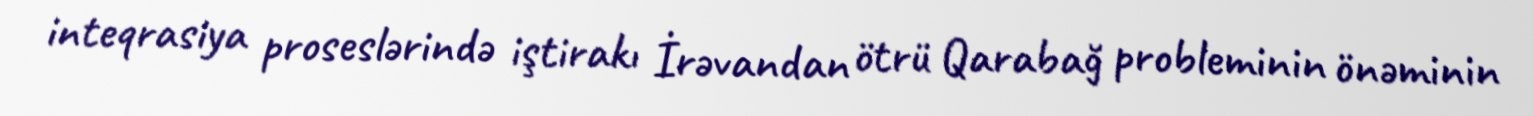
inteqrasiya proseslərində iştirakı İrəvandan ötrü Qarabağ probleminin önəminin